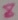
Text: 8